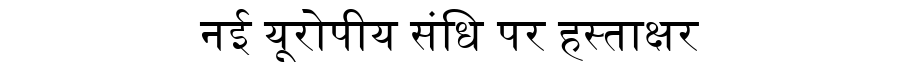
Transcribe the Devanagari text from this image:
नई यूरोपीय संधि पर हस्ताक्षर